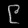
Digit: ၉